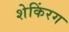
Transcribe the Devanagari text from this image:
शेकिंरग